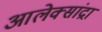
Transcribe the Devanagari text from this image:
आलेक्सांद्रा